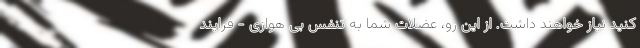
کنید نیاز خواهند داشت. از این رو، عضلات شما به تنفس بی هوازی - فرایند